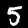
Digit: 5